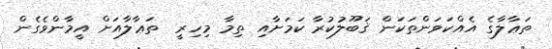
ތަޢާލާގެ އެއްކަވަންތަކަން ޤަބޫލުކުރާ ކަމަށާއި ތިމާ މިހިރީ  ތަޢާލާއަށް އީމާންވެގެން